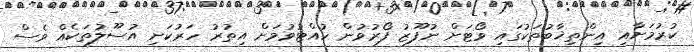
ކުރުމަށާއި އިންތިޚާބުތަކުގައި ވޯޓަށް ނުފޫޒު ފޯރުވުން ހުއްޓުވުމަށް އިތުރު ހަރުކަށި އުސޫލުތަކެއް ވެސް